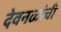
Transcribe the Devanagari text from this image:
देवनळांची